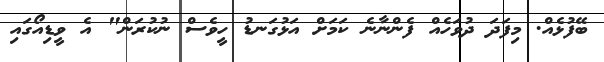
ބޭފުޅެއް. މިފަދަ ދުވަހެއް ފެންނާނެ ކަމަށް އަޅުގަނޑު ހީވެސް ނުކުރަން" އެ ވީޑިއޯގައި